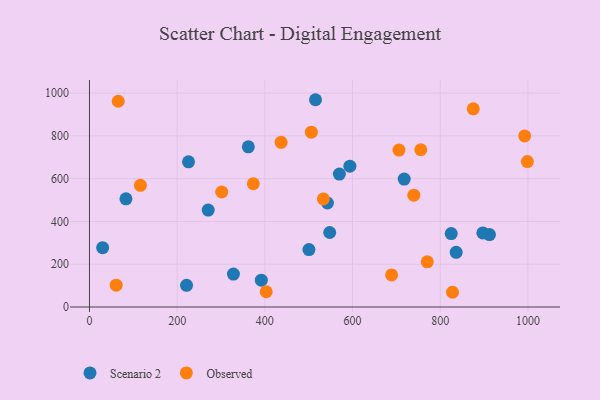
{"axis": {"x": "Engine Size", "y": "Fuel Efficiency"}, "legend": ["Observed", "Scenario 2"], "data": [{"x": "897.1", "y": 346.4, "type": "Scenario 2"}, {"x": "593.9", "y": 658.3, "type": "Scenario 2"}, {"x": "515.5", "y": 969.1, "type": "Scenario 2"}, {"x": "362.3", "y": 749.0, "type": "Scenario 2"}, {"x": "225.9", "y": 678.7, "type": "Scenario 2"}, {"x": "547.9", "y": 348.3, "type": "Scenario 2"}, {"x": "221.4", "y": 101.5, "type": "Scenario 2"}, {"x": "717.8", "y": 598.3, "type": "Scenario 2"}, {"x": "542.8", "y": 486.3, "type": "Scenario 2"}, {"x": "270.8", "y": 453.1, "type": "Scenario 2"}, {"x": "569.9", "y": 621.5, "type": "Scenario 2"}, {"x": "391.9", "y": 125.4, "type": "Scenario 2"}, {"x": "836.3", "y": 255.9, "type": "Scenario 2"}, {"x": "328.3", "y": 154.0, "type": "Scenario 2"}, {"x": "83.2", "y": 505.7, "type": "Scenario 2"}, {"x": "912.2", "y": 338.5, "type": "Scenario 2"}, {"x": "500.5", "y": 268.3, "type": "Scenario 2"}, {"x": "825.0", "y": 343.3, "type": "Scenario 2"}, {"x": "30.0", "y": 277.4, "type": "Scenario 2"}, {"x": "770.4", "y": 211.3, "type": "Observed"}, {"x": "65.6", "y": 962.0, "type": "Observed"}, {"x": "533.4", "y": 505.1, "type": "Observed"}, {"x": "875.3", "y": 926.4, "type": "Observed"}, {"x": "828.0", "y": 68.9, "type": "Observed"}, {"x": "739.7", "y": 523.0, "type": "Observed"}, {"x": "755.6", "y": 735.2, "type": "Observed"}, {"x": "992.5", "y": 800.0, "type": "Observed"}, {"x": "437.0", "y": 770.0, "type": "Observed"}, {"x": "116.2", "y": 569.0, "type": "Observed"}, {"x": "689.0", "y": 150.2, "type": "Observed"}, {"x": "60.9", "y": 102.0, "type": "Observed"}, {"x": "373.7", "y": 576.3, "type": "Observed"}, {"x": "301.6", "y": 537.7, "type": "Observed"}, {"x": "998.7", "y": 679.9, "type": "Observed"}, {"x": "705.8", "y": 733.9, "type": "Observed"}, {"x": "506.0", "y": 817.6, "type": "Observed"}, {"x": "403.1", "y": 71.4, "type": "Observed"}]}